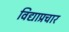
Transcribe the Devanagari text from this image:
विद्याप्रचार